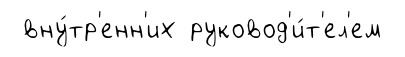
вну́тр'енн'их руковод'и́т'ел'ем